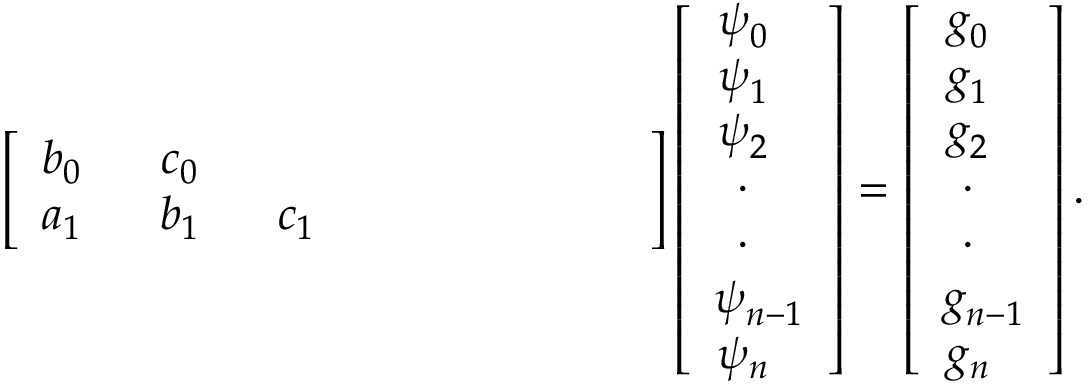
\left[ \begin{array} { c c c c c c c c c } { b _ { 0 ~ ~ } } & { c _ { 0 ~ ~ } } & { } & { } & { } & { } & { } & { } & { } \\ { a _ { 1 ~ ~ } } & { b _ { 1 ~ ~ } } & { c _ { 1 ~ ~ } } & { } & { } & { } & { } & { } & { } \end{array} \right] \left[ { \begin{array} { c } { \psi _ { 0 ~ ~ } ^ { ~ } } \\ { \psi _ { 1 ~ ~ } ^ { ~ } } \\ { \psi _ { 2 ~ ~ } ^ { ~ } } \\ { ~ \cdot _ { ~ ~ ~ } } \\ { ~ \cdot _ { ~ ~ ~ } } \\ { \psi _ { n - 1 } ^ { ~ } } \\ { \psi _ { n ~ ~ } ^ { ~ } } \end{array} } \right] = \left[ { \begin{array} { c } { g _ { 0 ~ ~ } ^ { ~ } } \\ { g _ { 1 ~ ~ } ^ { ~ } } \\ { g _ { 2 ~ ~ } ^ { ~ } } \\ { ~ \cdot _ { ~ ~ ~ } } \\ { ~ \cdot _ { ~ ~ ~ } } \\ { g _ { n - 1 } ^ { ~ } } \\ { g _ { n ~ ~ } ^ { ~ } } \end{array} } \right] .